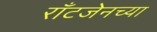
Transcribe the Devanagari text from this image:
राँटजेनच्या